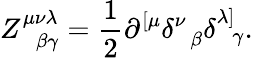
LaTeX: Z_{\; \; \beta\gamma}^{\mu\nu\lambda}=\frac 12\partial^{\left[\mu\right.}\delta_{\; \; \beta}^{\nu}\delta_{\; \; \gamma}^{\left.\lambda\right]}.